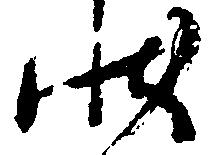
状